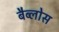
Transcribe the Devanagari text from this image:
बैब्लोस